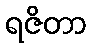
ရဇိတာ